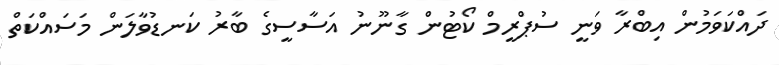
ދައްކަވަމުން އިބްރާ ވަނީ ސުޕްރީމް ކޯޓުން ގާނޫނު އަސާސީގެ ބާރު ކަނޑުވާލަން މަސައްކަތް